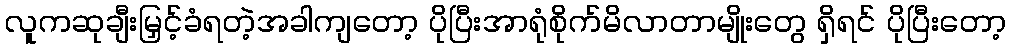
လူကဆုချီးမြှင့်ခံရတဲ့အခါကျတော့ ပိုပြီးအာရုံစိုက်မိလာတာမျိုးတွေ ရှိရင် ပိုပြီးတော့